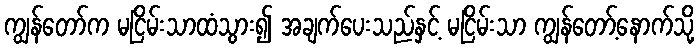
ကျွန်တော်က မငြိမ်းသာထံသွား၍ အချက်ပေးသည်နှင့် မငြိမ်းသာ ကျွန်တော့်နောက်သို့